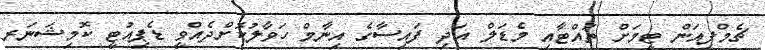
ޗެމްޕިއަން ޓީމަށް ތައްޓާއި މެޑަލް އަދި ފައިސާގެ އިނާމް ހަވާލުކޮށްދެއްވީ ޑެޕިއުޓީ ކޮމިޝަނަރ